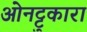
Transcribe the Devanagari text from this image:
ओनट्टुकारा